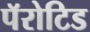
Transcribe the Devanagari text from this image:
पॅरोटिड